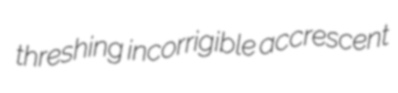
threshing incorrigible accrescent